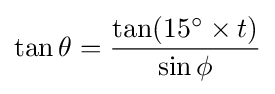
\tan \theta ={\frac {\tan(15^{\circ }\times t)}{\sin \phi }}